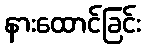
နားထောင်ခြင်း